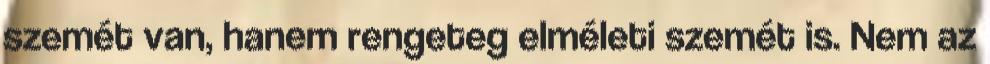
szemét van, hanem rengeteg elméleti szemét is. Nem az